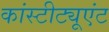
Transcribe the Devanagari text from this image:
कांस्टीट्यूएंट